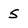
Character: 5